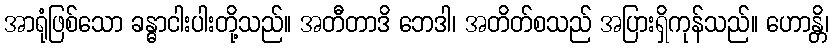
အာရုံဖြစ်သော ခန္ဓာငါးပါးတို့သည်။ အတီတာဒိ ဘေဒါ၊ အတိတ်စသည် အပြားရှိကုန်သည်။ ဟောန္တိ၊